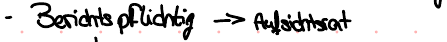
- Berichtspflichtig -> Aufsichtsrat